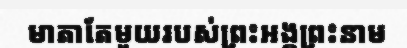
មាតាតែមួយរបស់ព្រះអង្គព្រះនាម